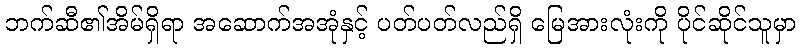
ဘက်ဆီ၏အိမ်ရှိရာ အဆောက်အအုံနှင့် ပတ်ပတ်လည်ရှိ မြေအားလုံးကို ပိုင်ဆိုင်သူမှာ